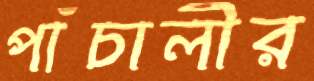
পাঁচালীর